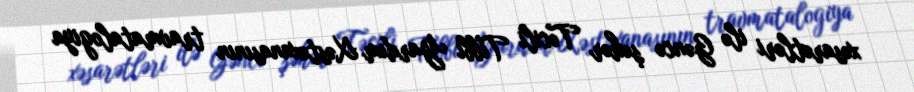
xəsarətləri ilə Gəncə şəhər Təcili Tibbi Yardım Xəstəxanasının travmatalogiya